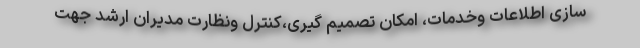
سازی اطلاعات وخدمات، امکان تصمیم گیری،کنترل ونظارت مدیران ارشد جهت